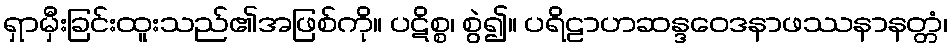
ရှာမှီးခြင်းထူးသည်၏အဖြစ်ကို။ ပဋိစ္စ၊ စွဲ၍။ ပရိဠာဟဆန္ဒဝေဒနာဖဿနာနတ္တံ၊